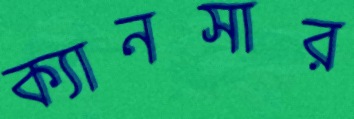
ক্যানসার